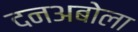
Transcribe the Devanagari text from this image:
दनअबोला